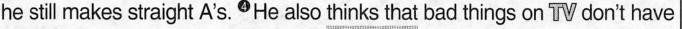
he still makes straight A's.4He also \underline{thinks that} bad things on TV don't have